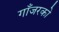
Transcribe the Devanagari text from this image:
गाँजरको